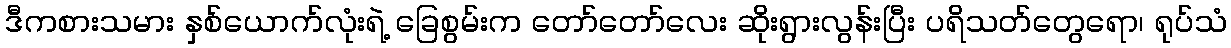
ဒီကစားသမား နှစ်ယောက်လုံးရဲ့ ခြေစွမ်းက တော်တော်လေး ဆိုးရွားလွန်းပြီး ပရိသတ်တွေရော၊ ရုပ်သံ